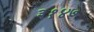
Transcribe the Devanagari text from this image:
३१४७